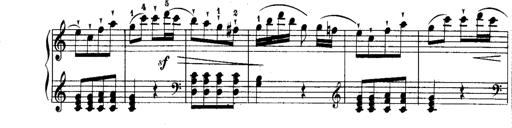
Title: Rondos and Sonatinas for Pianoforte
Composer: Daniel Steibelt